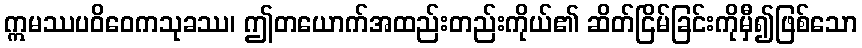
ဣမဿပဝိဝေကသုခဿ၊ ဤတယောက်အထည်းတည်းကိုယ်၏ ဆိတ်ငြိမ်ခြင်းကိုမှီ၍ဖြစ်သော